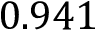
0 . 9 4 1